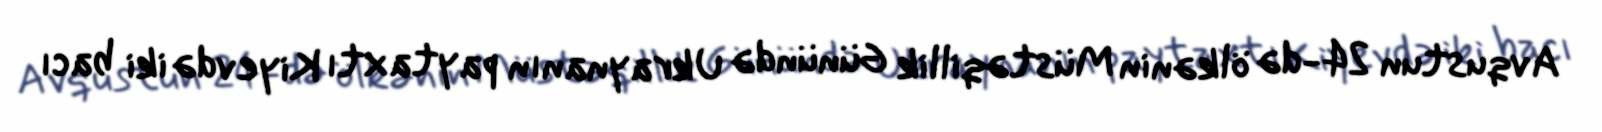
Avqustun 24-də ölkənin Müstəqillik Günündə Ukraynanın paytaxtı Kiyevdə iki bacı